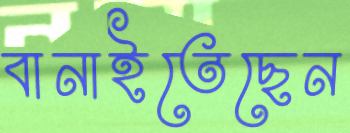
বানাইতেছেন